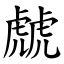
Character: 虤